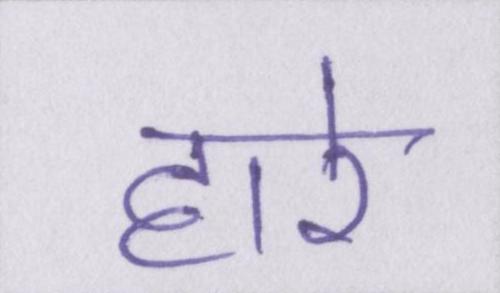
हारे